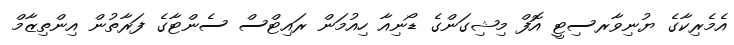
އެމެރިކާގެ ޔުނިވާރސިޓީ އޮފް މިޝިގަންގެ ޑޯނިއާ ހިއުމަން ރައިޓްސް ސެންޓާގެ ފަރާތުން އިންތިޒާމް